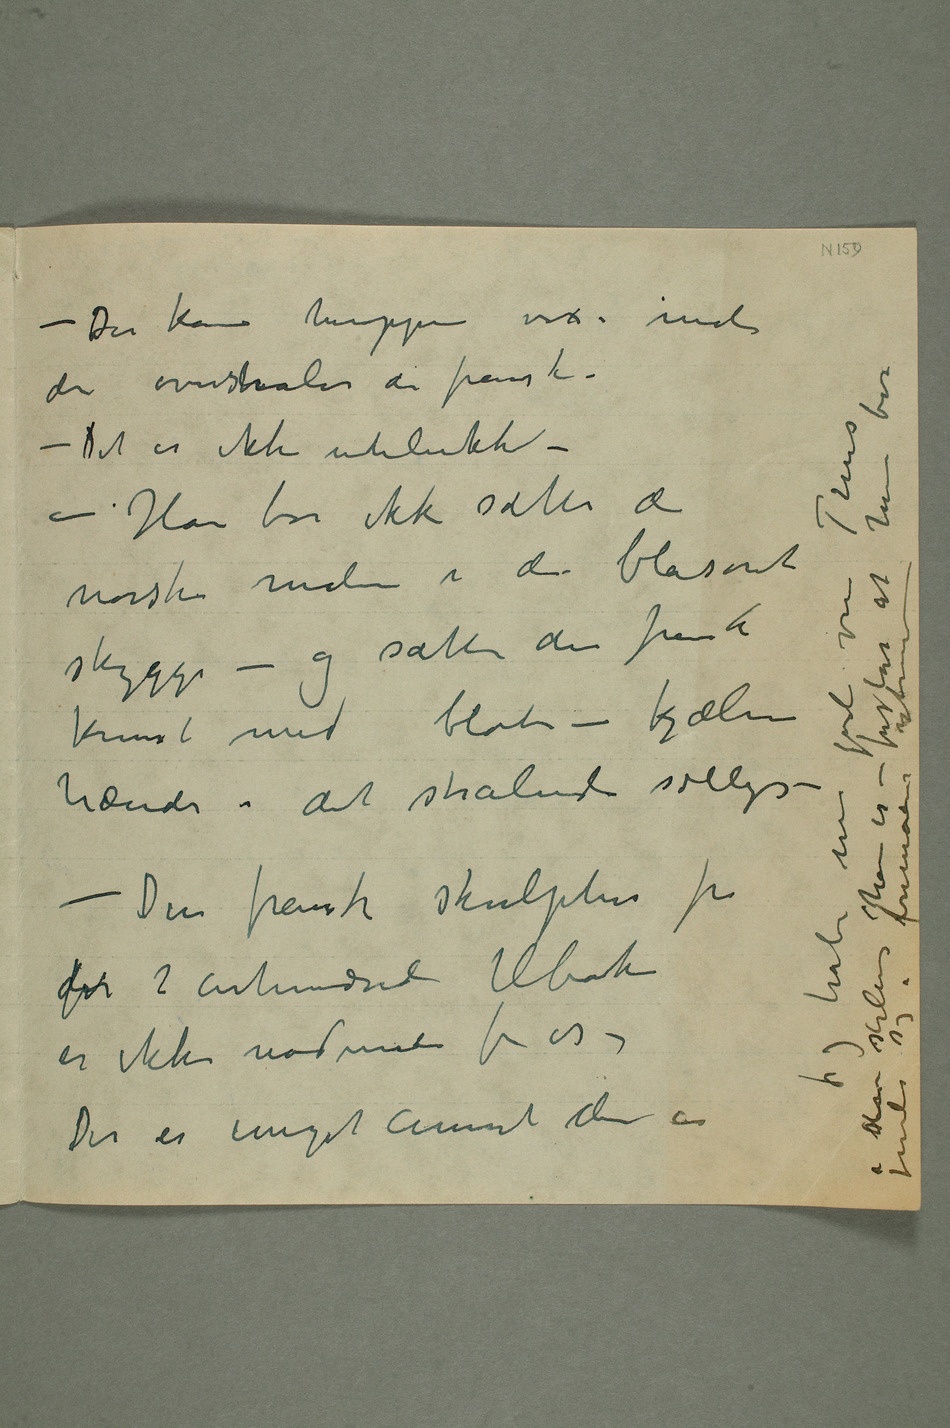
– Der kan heroppe vises malere
– Det er ikke utelukket –
skygge – og sætte den franske
– Den franske skulptur fra detfor 2 århundrede
han er – forstår at han bør finde sig i fremmedes ytringer